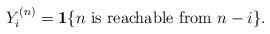
LaTeX: \begin{align*}Y_i^{(n)}={\bf 1}\{\textrm{$n$ is reachable from $n-i$}\}.\end{align*}